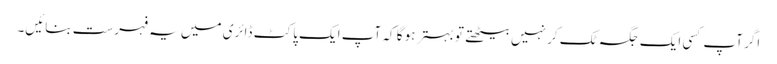
اگر آپ کسی ایک جگہ ٹک کر نہیں بیٹھتے تو بہتر ہو گا کہ آپ ایک پاکٹ ڈائری میں یہ فہرست بنائیں۔